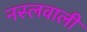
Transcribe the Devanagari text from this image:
नस्लवाली